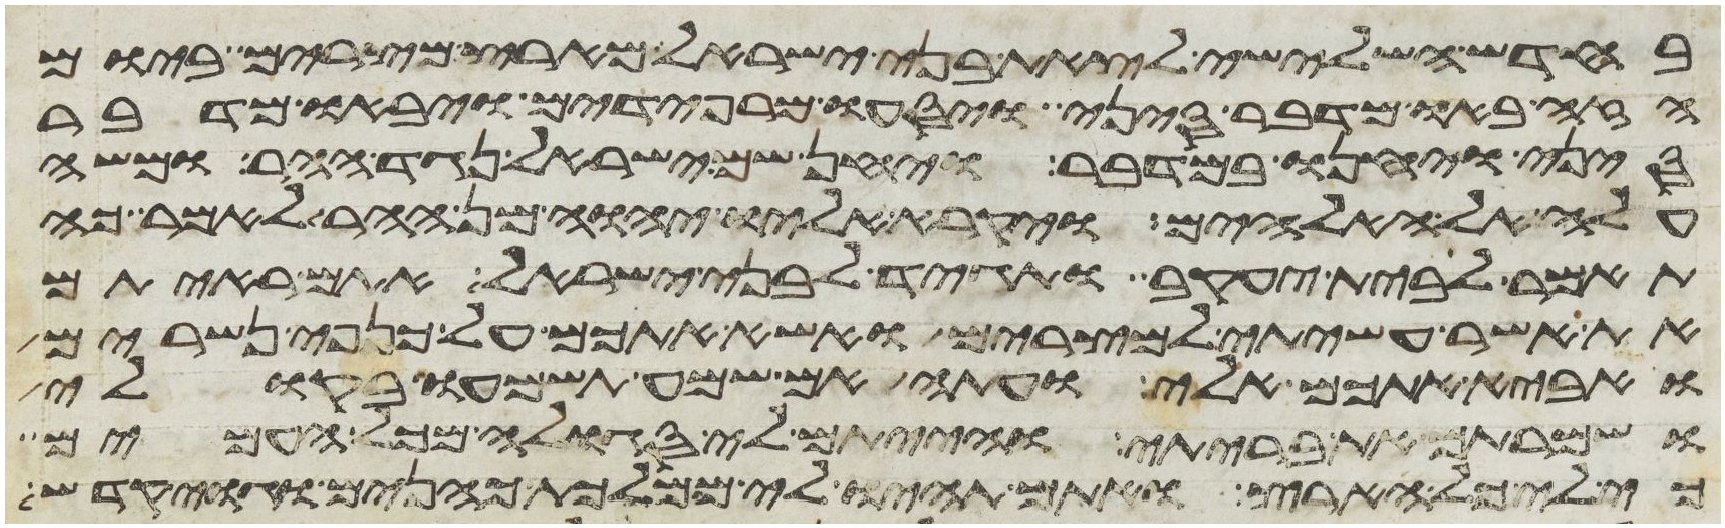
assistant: בחדש השלישי לצאת בני ישראל מארץ מצרים ביום
הזה באו מדבר סיני ויסעו מרפידים ויבאו מדבר
סיני ויחנו במדבר ויחן שם ישראל נגד ההר ומשה
עלה אל האלהים ויקרא אליו יהוה מן ההר לאמר כה
תאמר לבית יעקב ותגיד לבני ישראל אתם ראיתם
את אשר עשיתי למצרים ואשא אתכם על כנפי נשרים
ואביא אתכם אלי ועתה אם שמע תשמעו בקולי
ושמרתם את בריתי והייתם לי סגלה מכל העמים
כי לי כל הארץ ואתם תהיו לי ממלכת כהנים וגוי קדש